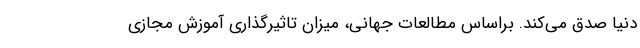
دنیا صدق می‌کند. براساس مطالعات جهانی، میزان تاثیرگذاری آموزش مجازی